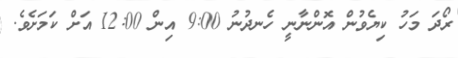
ރޯދަ މަހު ކިޔެވުން އޮންނާނީ ހެނދުނު 9:00 އިން 12:00 އަށް ކަމަށެވެ.